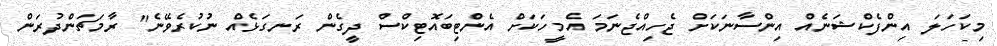
މިކަހަލަ އިންފެކްޝަނެއް އިންސާނަކަށް ޖެހިއްޖެނަމަ އެމީހަކަށް އެންޓިބައޮޓިކްސް ދީގެން ރަނގަޅެއް ނުކުރެވޭނެ" ރާމަޗަންދުރަން